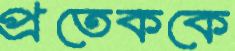
প্রতেককে